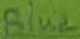
Text: Blue